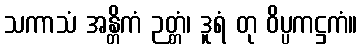
သကာသံ အန္တိကံ ဉတ္တံ၊ ဒူရံ တု ဝိပ္ပကဋ္ဌကံ။